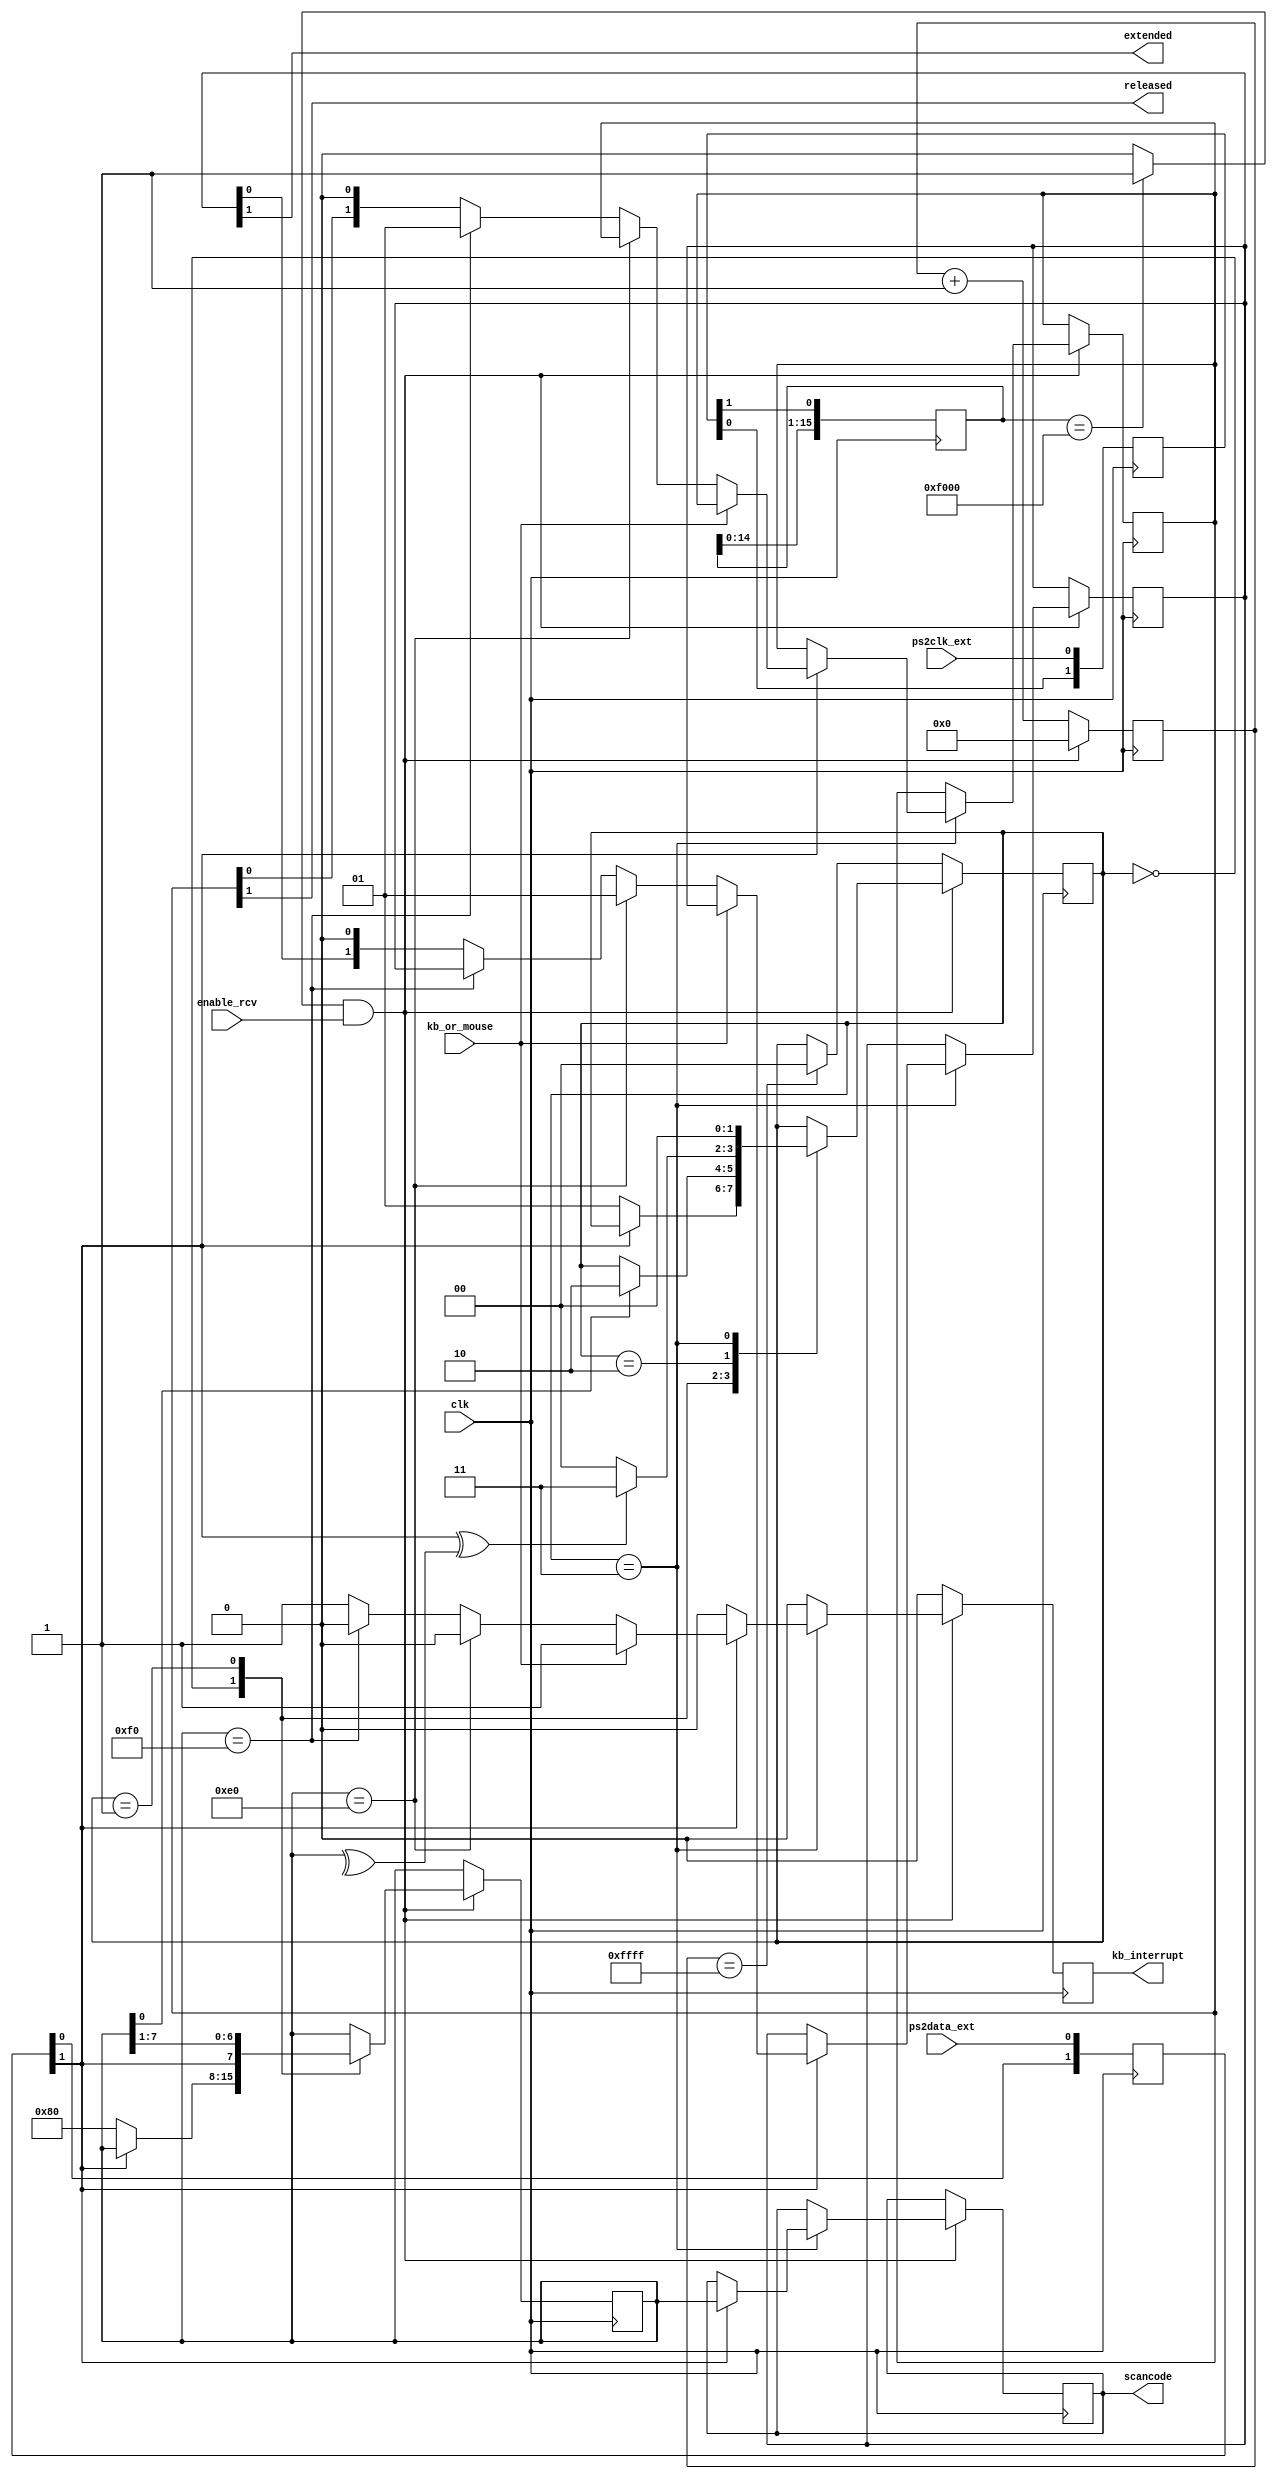
`timescale 1ns / 1ps
`default_nettype none
//////////////////////////////////////////////////////////////////////////////////
// Company: AZXUNO
// 
// Design Name:    
// Module Name:    ps2_port
// Project Name:   PS/2 keyboard handler
// Target Devices: ZXUNO Spartan 6
// Additional Comments: all rights reserved for now
//
//////////////////////////////////////////////////////////////////////////////////

module ps2_port (
    input wire clk,  // se recomienda 1 MHz <= clk <= 600 MHz
    input wire enable_rcv,  // habilitar la maquina de estados de recepcion
    input wire kb_or_mouse,  // 0: kb, 1: mouse
    input wire ps2clk_ext,
    input wire ps2data_ext,
    output wire kb_interrupt,  // a 1 durante 1 clk para indicar nueva tecla recibida
    output reg [7:0] scancode, // make o breakcode de la tecla
    output wire released,  // soltada=1, pulsada=0
    output wire extended  // extendida=1, no extendida=0
    );
    
    `define RCVSTART    2'b00
    `define RCVDATA     2'b01 
    `define RCVPARITY   2'b10
    `define RCVSTOP     2'b11

    reg [7:0] key = 8'h00;

    // Fase de sincronizacion de seales externas con el reloj del sistema
    reg [1:0] ps2clk_synchr;
    reg [1:0] ps2dat_synchr;
    wire ps2clk = ps2clk_synchr[1];
    wire ps2data = ps2dat_synchr[1];
    always @(posedge clk) begin
        ps2clk_synchr[0] <= ps2clk_ext;
        ps2clk_synchr[1] <= ps2clk_synchr[0];
        ps2dat_synchr[0] <= ps2data_ext;
        ps2dat_synchr[1] <= ps2dat_synchr[0];
    end

    // De-glitcher. Slo detecto flanco de bajada
    reg [15:0] negedgedetect = 16'h0000;
    always @(posedge clk) begin
        negedgedetect <= {negedgedetect[14:0], ps2clk};
    end
    wire ps2clkedge = (negedgedetect == 16'hF000)? 1'b1 : 1'b0;
    
    // Paridad instantnea de los bits recibidos
    wire paritycalculated = ^key;
    
    // Contador de time-out. Al llegar a 65536 ciclos sin que ocurra
    // un flanco de bajada en PS2CLK, volvemos al estado inicial
    reg [15:0] timeoutcnt = 16'h0000;

    reg [1:0] state = `RCVSTART;
    reg [1:0] regextended = 2'b00;
    reg [1:0] regreleased = 2'b00;
    reg rkb_interrupt = 1'b0;
    assign released = regreleased[1];
    assign extended = regextended[1];
    assign kb_interrupt = rkb_interrupt;
    
    always @(posedge clk) begin
        if (rkb_interrupt == 1'b1) begin
            rkb_interrupt <= 1'b0;
        end
        if (ps2clkedge && enable_rcv) begin
            timeoutcnt <= 16'h0000;
            case (state)
                `RCVSTART: begin
                    if (ps2data == 1'b0) begin
                        state <= `RCVDATA;
                        key <= 8'h80;
                    end
                end
                `RCVDATA: begin
                    key <= {ps2data, key[7:1]};
                    if (key[0] == 1'b1) begin
                        state <= `RCVPARITY;
                    end
                end
                `RCVPARITY: begin
                    if (ps2data^paritycalculated == 1'b1) begin
                        state <= `RCVSTOP;
                    end
                    else begin
                        state <= `RCVSTART;
                    end
                end
                `RCVSTOP: begin
                    state <= `RCVSTART;                
                    if (ps2data == 1'b1) begin                        
                        scancode <= key;
                        if (kb_or_mouse == 1'b1) begin
                            rkb_interrupt <= 1'b1;  // no se requiere mirar E0 o F0
                        end
                        else begin
                            if (key == 8'hE0) begin
                                regextended <= 2'b01;
                            end
                            else if (key == 8'hF0) begin
                                regreleased <= 2'b01;
                            end
                            else begin
                                regextended <= {regextended[0], 1'b0};
                                regreleased <= {regreleased[0], 1'b0};
                                rkb_interrupt <= 1'b1;
                            end
                        end
                    end
                end    
                default: state <= `RCVSTART;
            endcase
        end           
        else begin
            timeoutcnt <= timeoutcnt + 16'd1;
            if (timeoutcnt == 16'hFFFF) begin
                state <= `RCVSTART;
            end
        end
    end
endmodule


module ps2_host_to_kb (
    input wire clk,          // se recomienda 1 MHz <= clk <= 600 MHz
    inout wire ps2clk_ext,
    inout wire ps2data_ext,
    input wire [7:0] data,
    input wire dataload,
    output wire ps2busy,
    output wire ps2error
    );
    
    `define PULLCLKLOW    3'b000
    `define PULLDATALOW   3'b001 
    `define SENDDATA      3'b010
    `define SENDPARITY    3'b011
    `define RCVACK        3'b100
    `define RCVIDLE       3'b101
    `define SENDFINISHED  3'b110

    reg busy = 1'b0;
    reg error = 1'b0;
    assign ps2busy = busy;
    assign ps2error = error;

    // Fase de sincronizacion de seales externas con el reloj del sistema
    reg [1:0] ps2clk_synchr;
    reg [1:0] ps2dat_synchr;
    wire ps2clk = ps2clk_synchr[1];
    wire ps2data_in = ps2dat_synchr[1];
    always @(posedge clk) begin
        ps2clk_synchr[0] <= ps2clk_ext;
        ps2clk_synchr[1] <= ps2clk_synchr[0];
        ps2dat_synchr[0] <= ps2data_ext;
        ps2dat_synchr[1] <= ps2dat_synchr[0];
    end

    // De-glitcher. Slo detecto flanco de bajada
    reg [15:0] edgedetect = 16'h0000;
    always @(posedge clk) begin
        edgedetect <= {edgedetect[14:0], ps2clk};
    end
    wire ps2clknedge = (edgedetect == 16'hF000)? 1'b1 : 1'b0;
    wire ps2clkpedge = (edgedetect == 16'h0FFF)? 1'b1 : 1'b0;
    
    // Contador de time-out. Al llegar a 65536 ciclos sin que ocurra
    // un flanco de bajada en PS2CLK, volvemos al estado inicial
    reg [15:0] timeoutcnt = 16'h0000;

    reg [2:0] state = `SENDFINISHED;
    reg [7:0] shiftreg = 8'h00;
    reg [2:0] cntbits = 3'd0;

    // Dato a enviar se guarda en rdata
    reg [7:0] rdata = 8'h00;

    // Paridad instantnea de los bits a enviar
    wire paritycalculated = ~(^rdata);

    always @(posedge clk) begin
        // Carga de rdata desde el exterior
        if (dataload) begin
            rdata <= data;
            busy <= 1'b1;
            error <= 1'b0;
            timeoutcnt <= 16'h0000;
            state <= `PULLCLKLOW;
        end

        if (!ps2clknedge) begin
            timeoutcnt <= timeoutcnt + 1;
            if (timeoutcnt == 16'hFFFF && state != `SENDFINISHED) begin
                error <= 1'b1;
                state <= `SENDFINISHED;
            end
        end

        case (state)
            `PULLCLKLOW: begin  // 40000 cuentas es poco ms de 10ms
                if (timeoutcnt >= 16'd40000) begin
                    state <= `PULLDATALOW;
                    shiftreg <= rdata;
                    cntbits <= 3'd0;
                    timeoutcnt <= 16'h0000;
                end
            end
            `PULLDATALOW: begin
                if (ps2clknedge) begin
                    state <= `SENDDATA;
                    timeoutcnt <= 16'h0000;
                end
            end
            `SENDDATA: begin
                if (ps2clknedge) begin
                    timeoutcnt <= 16'h0000;
                    shiftreg <= {1'b0, shiftreg[7:1]};
                    cntbits <= cntbits + 1;
                    if (cntbits == 3'd7)
                        state <= `SENDPARITY;
                end
            end
            `SENDPARITY: begin
                if (ps2clknedge) begin
                    state <= `RCVIDLE;
                    timeoutcnt <= 16'h0000;
                end
            end
            `RCVIDLE: begin
                if (ps2clknedge) begin
                    state <= `RCVACK;
                    timeoutcnt <= 16'h0000;
                end
            end        
            `RCVACK: begin
                if (ps2clknedge) begin
                    state <= `SENDFINISHED;
                    timeoutcnt <= 16'h0000;
                end
            end
            `SENDFINISHED: begin
                busy <= 1'b0;
                timeoutcnt <= 16'h0000;
            end
            default: begin
                timeoutcnt <= timeoutcnt + 1;
                if (timeoutcnt == 16'hFFFF && state != `SENDFINISHED) begin
                    error <= 1'b1;
                    state <= `SENDFINISHED;
                end
            end
        endcase
    end
    
    assign ps2data_ext = (state == `PULLCLKLOW || state == `PULLDATALOW)    ? 1'b0 :
                         (state == `SENDDATA && shiftreg[0] == 1'b0)        ? 1'b0 :
                         (state == `SENDPARITY && paritycalculated == 1'b0) ? 1'b0 : // si lo que se va a enviar es un 1
                                                                              1'bZ;  // no se manda, sino que se pone la lnea a alta impedancia
    assign ps2clk_ext = (state == `PULLCLKLOW)                              ? 1'b0 :
                                                                              1'bZ;
endmodule